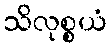
သိလုစ္စယံ